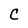
Character: C